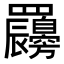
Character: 𦍇